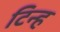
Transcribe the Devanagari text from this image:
टिन्ह